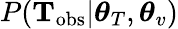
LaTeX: P({\mathbf T}_{\mathrm{obs}}|\boldsymbol{\theta}_{T},\boldsymbol{\theta}_{v})